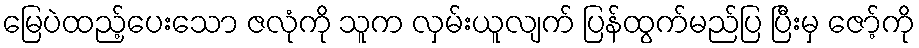
မြေပဲထည့်ပေးသော ဇလုံကို သူက လှမ်းယူလျက် ပြန်ထွက်မည်ပြ ပြီးမှ ဇော့်ကို